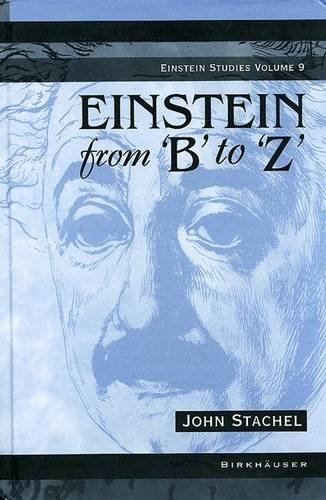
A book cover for Einstein from 'B' to 'Z'; John Stachel; Science & Math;